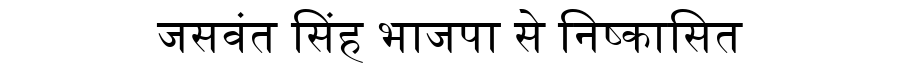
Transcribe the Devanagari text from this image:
जसवंत सिंह भाजपा से निष्कासित